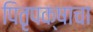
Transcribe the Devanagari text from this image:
पितृपक्षाचा